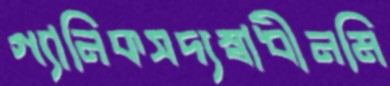
গ্যানিকসদ্যস্বাধীনমি